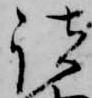
諸